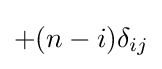
+(n-i)\delta _{ij}